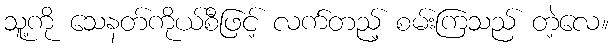
သူ့ကို သေနတ်ကိုယ်စီဖြင့် လက်တည့် စမ်းကြသည် တဲ့လေ။